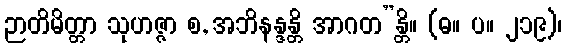
ဉာတိမိတ္တာ သုဟဇ္ဇာ စ, အဘိနန္ဒန္တိ အာဂတ”န္တိ။ (ဓ။ ပ။ ၂၁၉)၊